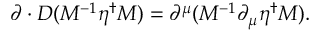
\partial \cdot D ( M ^ { - 1 } \eta ^ { \dagger } M ) = \partial ^ { \mu } ( M ^ { - 1 } \partial _ { \mu } \eta ^ { \dagger } M ) .